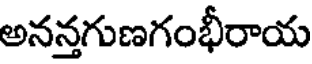
అనన్తగుణగంభీరాయ